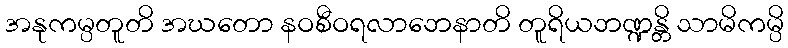
အနုကမ္ပတူတိ အဃတော နဝစီဝရလာဘေနာတိ တူရိယဘဏ္ဍန္တိ သာမိကမ္ပိ